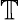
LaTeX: \mathbb{T}